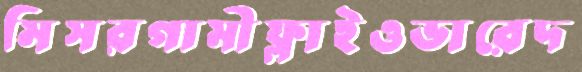
মিসরগামীফ্লাইওভারেদ